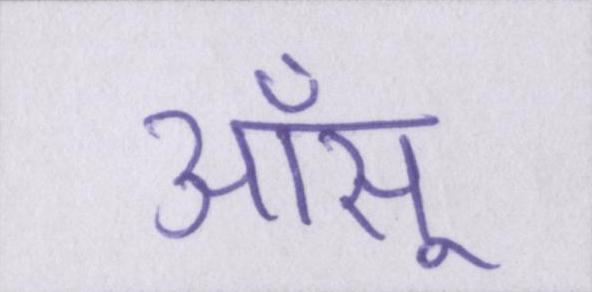
आँसू